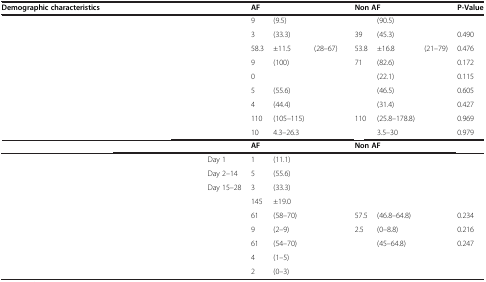
<table><thead><tr><td><b>Demographic characteristics</b></td><td>[EMPTY_CELL]</td><td colspan="3"><b>AF</b></td><td colspan="3"><b>Non AF</b></td><td><b>P-Value</b></td></tr></thead><tbody><tr><td>[EMPTY_CELL]</td><td>[EMPTY_CELL]</td><td>9</td><td>(9.5)</td><td>[EMPTY_CELL]</td><td>[EMPTY_CELL]</td><td>(90.5)</td><td>[EMPTY_CELL]</td><td>[EMPTY_CELL]</td></tr><tr><td>[EMPTY_CELL]</td><td>[EMPTY_CELL]</td><td>3</td><td>(33.3)</td><td>[EMPTY_CELL]</td><td>39</td><td>(45.3)</td><td>[EMPTY_CELL]</td><td>0.490</td></tr><tr><td>[EMPTY_CELL]</td><td>[EMPTY_CELL]</td><td>58.3</td><td>±11.5</td><td>(28–67)</td><td>53.8</td><td>±16.8</td><td>(21–79)</td><td>0.476</td></tr><tr><td>[EMPTY_CELL]</td><td>[EMPTY_CELL]</td><td>9</td><td>(100)</td><td>[EMPTY_CELL]</td><td>71</td><td>(82.6)</td><td>[EMPTY_CELL]</td><td>0.172</td></tr><tr><td>[EMPTY_CELL]</td><td>[EMPTY_CELL]</td><td>0</td><td>[EMPTY_CELL]</td><td>[EMPTY_CELL]</td><td>[EMPTY_CELL]</td><td>(22.1)</td><td>[EMPTY_CELL]</td><td>0.115</td></tr><tr><td>[EMPTY_CELL]</td><td>[EMPTY_CELL]</td><td>5</td><td>(55.6)</td><td>[EMPTY_CELL]</td><td>[EMPTY_CELL]</td><td>(46.5)</td><td>[EMPTY_CELL]</td><td>0.605</td></tr><tr><td>[EMPTY_CELL]</td><td>[EMPTY_CELL]</td><td>4</td><td>(44.4)</td><td>[EMPTY_CELL]</td><td>[EMPTY_CELL]</td><td>(31.4)</td><td>[EMPTY_CELL]</td><td>0.427</td></tr><tr><td>[EMPTY_CELL]</td><td>[EMPTY_CELL]</td><td>110</td><td>(105–115)</td><td>[EMPTY_CELL]</td><td>110</td><td>(25.8–178.8)</td><td>[EMPTY_CELL]</td><td>0.969</td></tr><tr><td>[EMPTY_CELL]</td><td>[EMPTY_CELL]</td><td>10</td><td>4.3–26.3</td><td>[EMPTY_CELL]</td><td>[EMPTY_CELL]</td><td>3.5–30</td><td>[EMPTY_CELL]</td><td>0.979</td></tr><tr><td>[EMPTY_CELL]</td><td>[EMPTY_CELL]</td><td colspan="3"><b>AF</b></td><td colspan="3"><b>Non AF</b></td><td>[EMPTY_CELL]</td></tr><tr><td>[EMPTY_CELL]</td><td>Day 1</td><td>1</td><td>(11.1)</td><td>[EMPTY_CELL]</td><td>[EMPTY_CELL]</td><td>[EMPTY_CELL]</td><td>[EMPTY_CELL]</td><td>[EMPTY_CELL]</td></tr><tr><td>[EMPTY_CELL]</td><td>Day 2–14</td><td>5</td><td>(55.6)</td><td>[EMPTY_CELL]</td><td>[EMPTY_CELL]</td><td>[EMPTY_CELL]</td><td>[EMPTY_CELL]</td><td>[EMPTY_CELL]</td></tr><tr><td>[EMPTY_CELL]</td><td>Day 15–28</td><td>3</td><td>(33.3)</td><td>[EMPTY_CELL]</td><td>[EMPTY_CELL]</td><td>[EMPTY_CELL]</td><td>[EMPTY_CELL]</td><td>[EMPTY_CELL]</td></tr><tr><td>[EMPTY_CELL]</td><td>[EMPTY_CELL]</td><td>145</td><td>±19.0</td><td>[EMPTY_CELL]</td><td>[EMPTY_CELL]</td><td>[EMPTY_CELL]</td><td>[EMPTY_CELL]</td><td>[EMPTY_CELL]</td></tr><tr><td>[EMPTY_CELL]</td><td>[EMPTY_CELL]</td><td>61</td><td>(58–70)</td><td>[EMPTY_CELL]</td><td>57.5</td><td>(46.8–64.8)</td><td>[EMPTY_CELL]</td><td>0.234</td></tr><tr><td>[EMPTY_CELL]</td><td>[EMPTY_CELL]</td><td>9</td><td>(2–9)</td><td>[EMPTY_CELL]</td><td>2.5</td><td>(0–8.8)</td><td>[EMPTY_CELL]</td><td>0.216</td></tr><tr><td>[EMPTY_CELL]</td><td>[EMPTY_CELL]</td><td>61</td><td>(54–70)</td><td>[EMPTY_CELL]</td><td>[EMPTY_CELL]</td><td>(45–64.8)</td><td>[EMPTY_CELL]</td><td>0.247</td></tr><tr><td>[EMPTY_CELL]</td><td>[EMPTY_CELL]</td><td>4</td><td>(1–5)</td><td>[EMPTY_CELL]</td><td>[EMPTY_CELL]</td><td>[EMPTY_CELL]</td><td>[EMPTY_CELL]</td><td>[EMPTY_CELL]</td></tr><tr><td>[EMPTY_CELL]</td><td>[EMPTY_CELL]</td><td>2</td><td>(0–3)</td><td>[EMPTY_CELL]</td><td>[EMPTY_CELL]</td><td>[EMPTY_CELL]</td><td>[EMPTY_CELL]</td><td>[EMPTY_CELL]</td></tr></tbody></table>